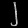
Digit: ၂